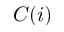
C ( i )